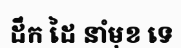
ដឹក ដៃ នាំមុខ ទេ